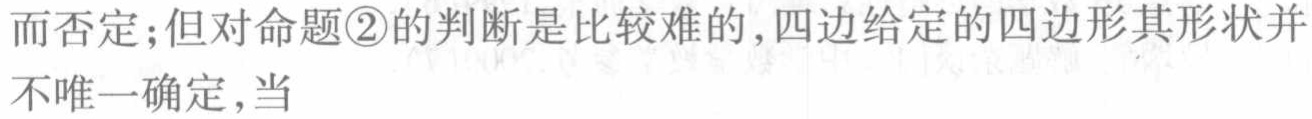
而否定;但对命题\textcircled{2}的判断是比较难的,四边给定的四边形其形状并不唯一确定,当